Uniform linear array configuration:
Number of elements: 8
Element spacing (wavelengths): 0.5
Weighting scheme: cosine
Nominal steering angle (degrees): -15
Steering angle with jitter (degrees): -14.885
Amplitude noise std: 0.05
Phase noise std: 0.05

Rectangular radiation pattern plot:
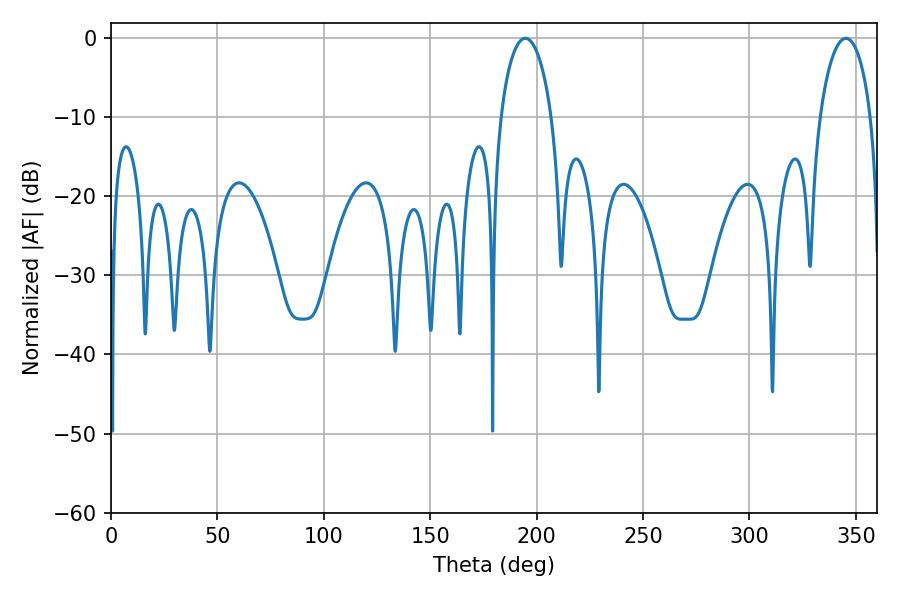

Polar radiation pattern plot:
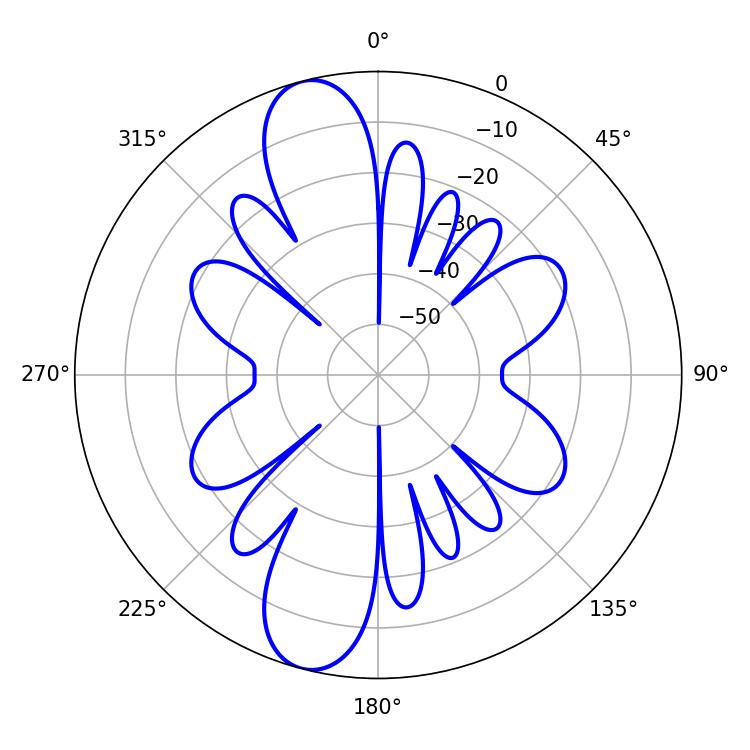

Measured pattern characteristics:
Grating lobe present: FALSE
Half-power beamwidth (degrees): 13.68
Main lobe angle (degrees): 194.58